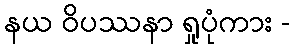
နယ ဝိပဿနာ ရှုပုံကား -